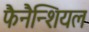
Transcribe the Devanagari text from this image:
फैनैन्शियल